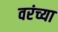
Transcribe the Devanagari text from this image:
वरंच्या